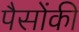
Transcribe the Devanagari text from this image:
पैसोंकी